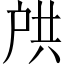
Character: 𫼌